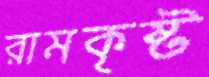
রামকৃষ্ট